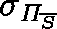
\sigma _ { \mathit { \Pi } _ { \overline { { S } } } }